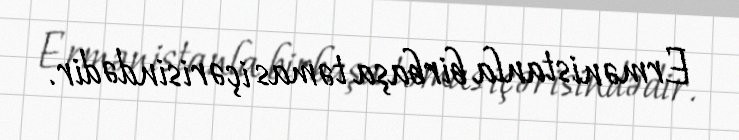
Ermənistanla birbaşa təmas içərisindədir.